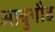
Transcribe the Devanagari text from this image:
आबुगौड